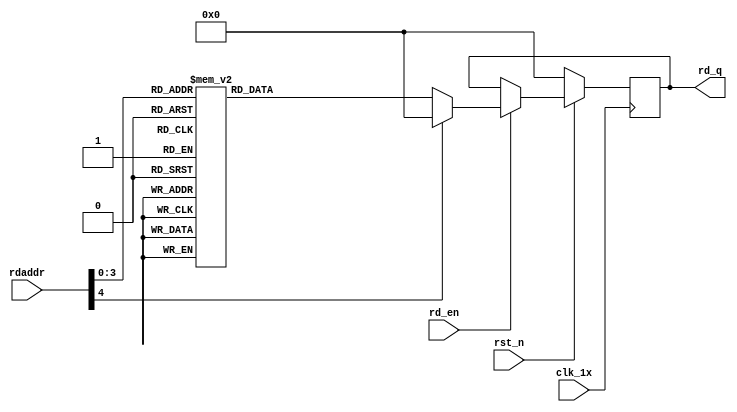

`timescale 1ns / 1ps
module F_normal_t8_next_Rom7(
input	          							clk_1x,
input	          							rst_n,
//////////////////////////////////////////////////////////////
input										rd_en,
input				[4:0]				rdaddr,
output		reg			[127:0]				rd_q
);

always @(posedge clk_1x)begin
	if(~rst_n)begin
		rd_q <= 128'b0;
	end
	else if(rd_en == 1'b1)begin
		case(rdaddr)
			5'h0f: rd_q <= 128'b01000100000011101111011010000010001010000111110100111011101001100101011101001000011001000011110000000001010110101001110111010101;
			5'h0e: rd_q <= 128'b01011000011001010001111101101001101110101111011000110000100100100010001101001101010111111110110110010101110110100111110001001110;
			5'h0d: rd_q <= 128'b10000011101000001101010100010000001101101101111001010011011110010111001010000010010101000100101101110111010111111000100011010100;
			5'h0c: rd_q <= 128'b00011100101011000100011111001000000000001001010110101000010111001010101100100000111100011110000111100011111101101110010010001110;
			5'h0b: rd_q <= 128'b00111101101100011100110011111000011011101000100100010000101101010101111100010111001011110010110011111100110111110011010001101000;
			5'h0a: rd_q <= 128'b10000110001101111010111101000110001000001100010101000101010110111111001011100110111001101000110111111010000010010011100100011101;
			5'h09: rd_q <= 128'b00111111110100100000000001010010001000110100111011110100110110010000101111000010100111010110000010110110110110010001000111110101;
			5'h08: rd_q <= 128'b01101101000001110110010001010111010000010101000010001100101110110111001101101011101011000011011101110111110001001100011111001100;
			5'h07: rd_q <= 128'b11011111111011101100010101001111111101100110100110111101000100010100100010101011010111100100111001010101101011000100110111111101;
			5'h06: rd_q <= 128'b10110100110001111010111001000000111110001101100011110111100100111000110100011111101111110011001001001100001010010001110010101011;
			5'h05: rd_q <= 128'b11110100111110000001001000010010000110010011100101111000000000101100111011110001010101001001000001100000101000001111100101101110;
			5'h04: rd_q <= 128'b10110110000101011110111111010101011001101101000000010011110101111100110100010101100100010110001110110100000000111100101001011111;
			5'h03: rd_q <= 128'b11011101110011001000000010000110101101111010100110001001000011110111011110011001010101000010100000100111011100000101000010110000;
			5'h02: rd_q <= 128'b11111011001011100010011110001100000101100111101011011110000001001000101001011001001110000110100010110011011111100011010001100001;
			5'h01: rd_q <= 128'b00011011110111110011000011111101110110001001110111010001010100100010001001001100101101100110000010101010000100101010101111110011;
			5'h00: rd_q <= 128'b01011101110010000110000000101010010000101100100110111001011110100111000000100000101100111000100110000101010011101000000011111001;		default:rd_q <= 128'b0;
		endcase
	end
end

endmodule